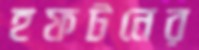
হফটনের